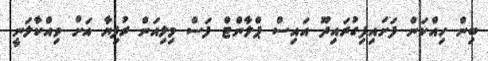
ބިން ހިއްކަން ފަށައިފިގުރައިދޫ އައިސް ޕްލާންޓް ފަސް މިލިއަން ރުފިޔާ އަށް ވިއްކާލަނީ